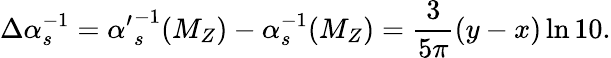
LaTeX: \Delta\alpha_{s}^{-1}={\alpha^{\prime}}_{s}^{-1}(M_{Z})-\alpha_{s}^{-1}(M_{Z})={\frac{3}{5\pi}}(y-x)\ln 10.